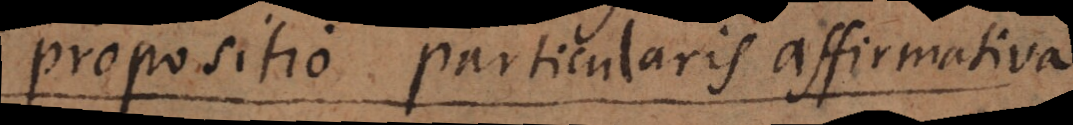
propositio Universalis affirmativa